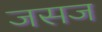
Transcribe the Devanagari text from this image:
जसज